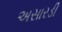
અસારડી